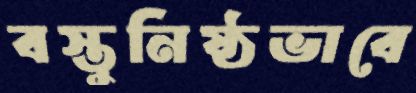
বস্তুনিষ্ঠভাবে